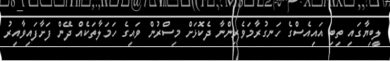
ލީބިޔާގައި ތިބި އައިއެސްގެ ހަނގުރާމަވެރިންނާ ދެކޮޅަށް މިސްރުން ވައިގެ ހަމަލާތަކެއް ދޭން ފަށާފައިވާއިރު